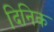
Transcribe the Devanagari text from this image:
दिनिक